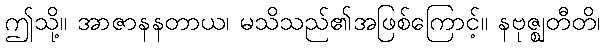
ဤသို့။ အာဇာနနတာယ၊ မသိသည်၏အဖြစ်ကြောင့်။ နဗုဇ္ဈတီတိ၊